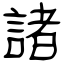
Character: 諸